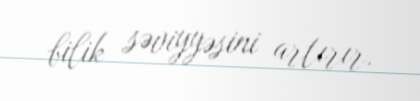
bilik səviyyəsini artırır.